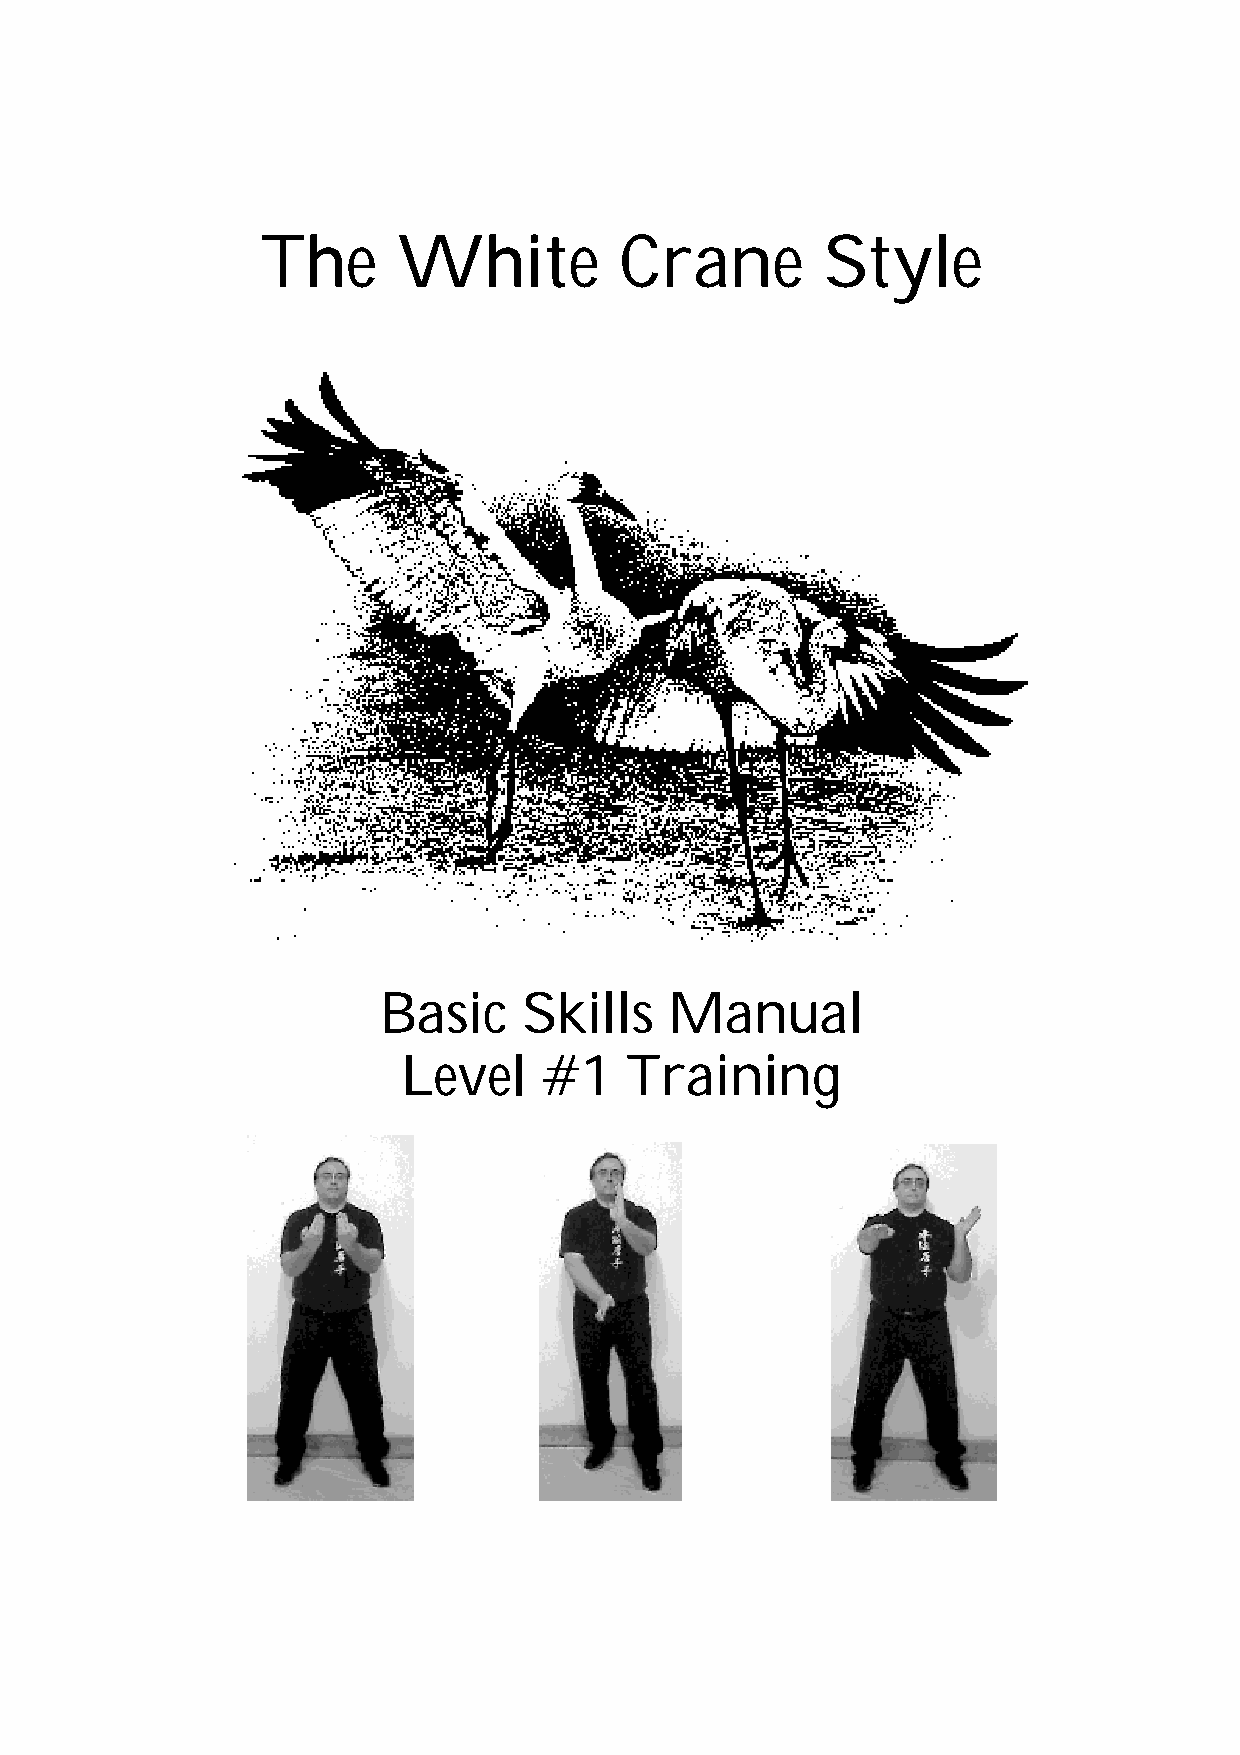
The      White          Crane         Style
 Basic     Skills   Manual
 Level    #1   Training